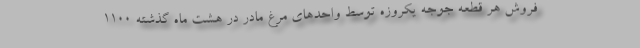
فروش هر قطعه جوجه یکروزه توسط واحدهای مرغ مادر در هشت ماه گذشته ۱۱۰۰